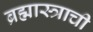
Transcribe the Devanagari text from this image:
ब्रह्मास्त्राची